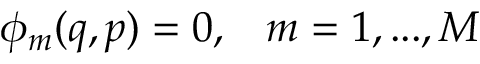
\begin{array} { c c } { \phi _ { m } ( q , p ) = 0 , } & { m = 1 , . . . , M } \end{array}